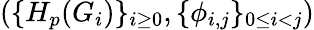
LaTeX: (\{ H_{p}(G_{i})\} _{i\ge 0},\{ \phi_{i,j}\} _{0\leq i<j})